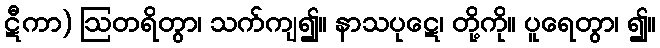
ဋီကာ) ဩတရိတွာ၊ သက်ကျ၍။ နာသပုဋေ၊ တို့ကို။ ပူရေတွာ၊ ၍။